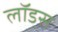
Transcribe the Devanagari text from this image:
लॉडस